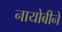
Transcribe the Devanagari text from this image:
नायोबीने